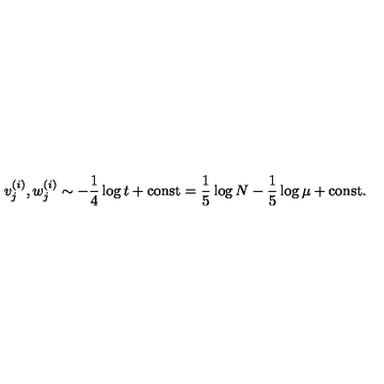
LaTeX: v _ { j } ^ { ( i ) } , w _ { j } ^ { ( i ) } \sim - \frac { 1 } { 4 } \log t + \mathrm { c o n s t } = \frac { 1 } { 5 } \log N - \frac { 1 } { 5 } \log \mu + \mathrm { c o n s t } .